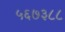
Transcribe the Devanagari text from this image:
५६७३८८